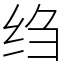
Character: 绉